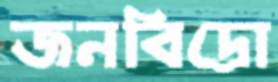
জনবিদ্রো